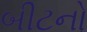
બીટનો